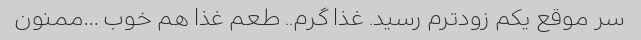
سر موقع یکم زودترم رسید. غذا گرم.. طعم غذا هم خوب …ممنون